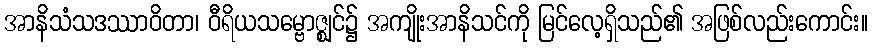
အာနိသံသဒဿာဝိတာ၊ ဝီရိယသမ္ဗောဇ္ဈင်၌ အကျိုးအာနိသင်ကို မြင်လေ့ရှိသည်၏ အဖြစ်လည်းကောင်း။